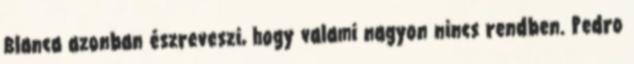
Blanca azonban észreveszi, hogy valami nagyon nincs rendben. Pedro